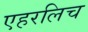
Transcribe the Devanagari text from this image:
एहरलिच